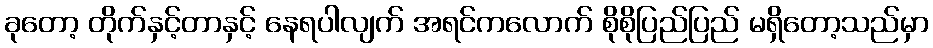
ခုတော့ တိုက်နှင့်တာနှင့် နေရပါလျက် အရင်ကလောက် စိုစိုပြည်ပြည် မရှိတော့သည်မှာ